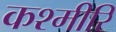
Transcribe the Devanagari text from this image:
कश्मीरि